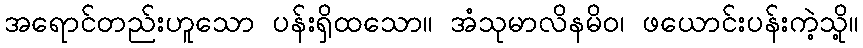
အရောင်တည်းဟူသော ပန်းရှိထသော။ အံသုမာလိနမိဝ၊ ဖယောင်းပန်းကဲ့သို့။